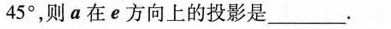
45°，则a在e方向上的投影是_____。